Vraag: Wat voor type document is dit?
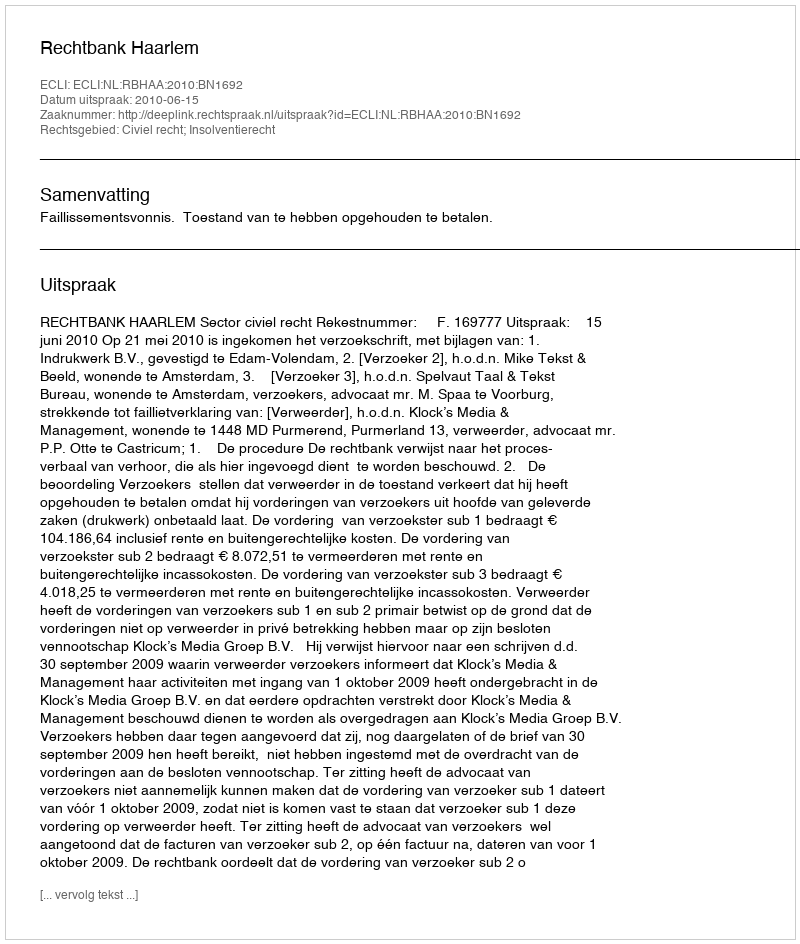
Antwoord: Uitspraak